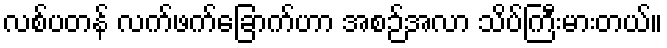
လစ်ပတန် လက်ဖက်ခြောက်ဟာ အစဉ်အလာ သိပ်ကြီးမားတယ်။